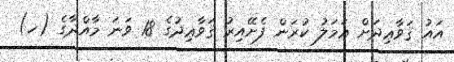
އައު ޤަވާޢިދަށް ޢަމަލު ކުރަން ފެށޭއިރު ޤަވާޢިދުގެ 18 ވަނަ މާއްދާގެ (ހ)